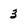
Character: 3